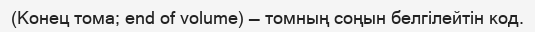
(Конец тома; end of volume) — томның соңын белгілейтін код.